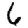
Digit: 6